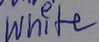
Text: White